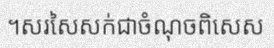
។សរសៃសក់ជាចំណុចពិសេស